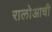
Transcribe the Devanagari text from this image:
रालोआची